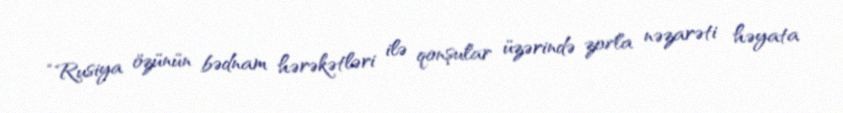
“Rusiya özünün bədnam hərəkətləri ilə qonşular üzərində zorla nəzarəti həyata